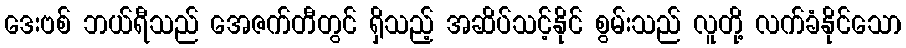
ဒေးဗစ် ဘယ်ရီသည် အေဇက်တီတွင် ရှိသည့် အဆိပ်သင့်နိုင် စွမ်းသည် လူတို့ လက်ခံနိုင်သော